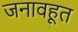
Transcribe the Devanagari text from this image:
जनावहूत